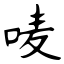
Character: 唛